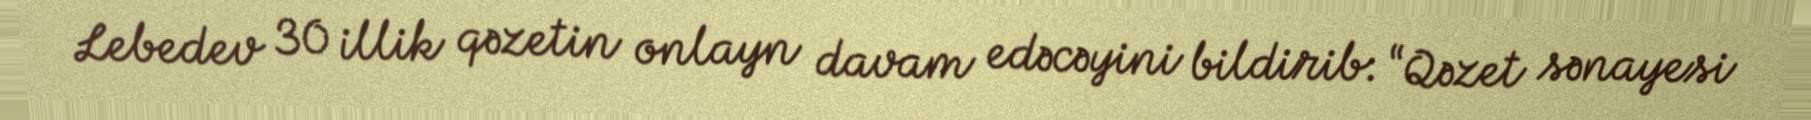
Lebedev 30 illik qəzetin onlayn davam edəcəyini bildirib: “Qəzet sənayesi